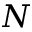
N